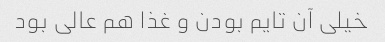
خیلی آن تایم بودن و غذا هم عالی بود